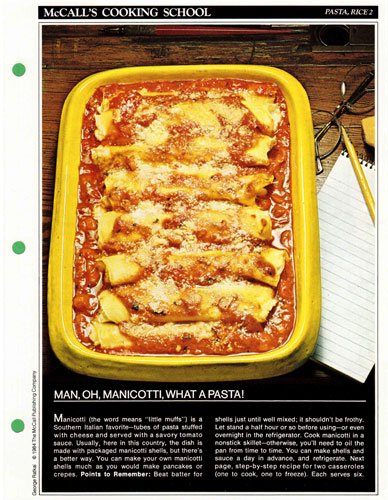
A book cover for McCall's Cooking School Recipe Card: Pasta, Rice 2 - Baked Manicotti With Cheese Filling (Replacement McCall's Recipage or Recipe Card For 3-Ring Binders); Health, Fitness & Dieting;